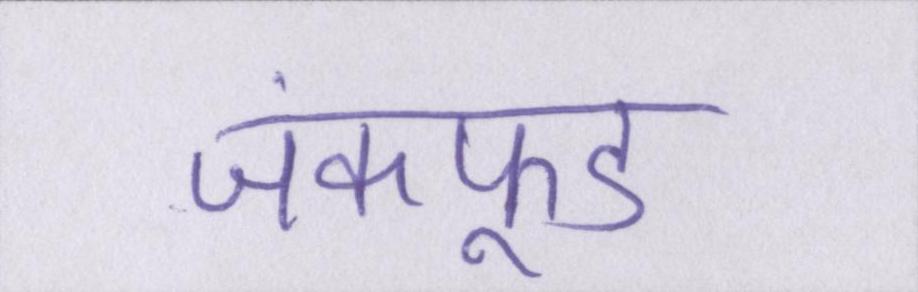
जंकफूड